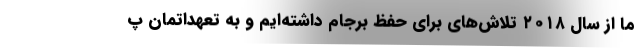
ما از سال ۲۰۱۸ تلاش‌های برای حفظ برجام داشته‌ایم و به تعهداتمان پ